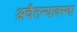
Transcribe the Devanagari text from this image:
अचैतन्यावस्था